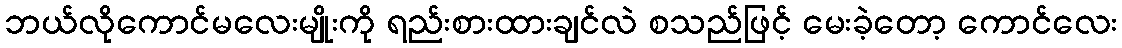
ဘယ်လိုကောင်မလေးမျိုးကို ရည်းစားထားချင်လဲ စသည်ဖြင့် မေးခဲ့တော့ ကောင်လေး